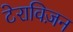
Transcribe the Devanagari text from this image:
टेराविज़न